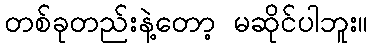
တစ်ခုတည်းနဲ့တော့ မဆိုင်ပါဘူး။